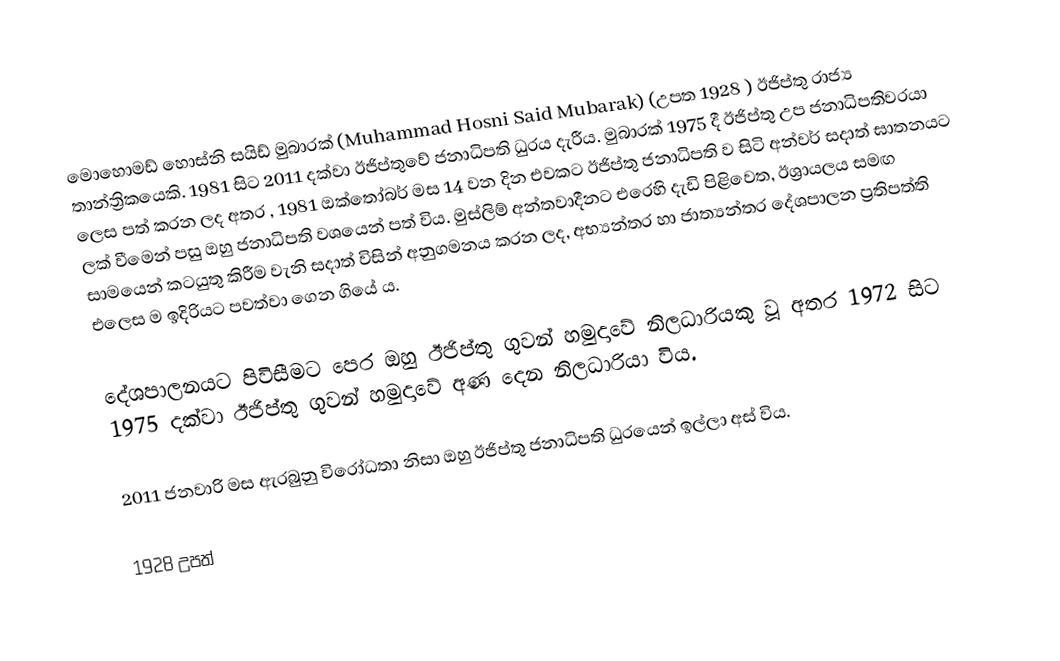
මොහොමඩ් හොස්නි සයිඩ් මුබාරක් (Muhammad Hosni Said Mubarak) (උපත​ 1928 ) ඊජිප්තු රාජ්‍ය තාන්ත්‍රිකයෙකි. 1981 සිට 2011 දක්වා ඊජිප්තුවේ ජනාධිපති ධුරය දැරීය​. මුබාරක් 1975 දී ඊජිප්තු උප ජනාධිපතිවරයා ලෙස පත් කරන ලද අතර , 1981 ඔක්තෝබර් මස 14 වන දින එවකට ඊජිප්තු ජනාධිපති ව සිටි අන්වර් සදාත් ඝාතනයට ලක් වීමෙන් පසු ඔහු ජනාධිපති වශයෙන් පත් විය​. මුස්ලිම් අන්තවාදීනට එරෙහි දැඩි පිළිවෙත​, ඊශ්‍රායලය සමඟ සාමයෙන් කටයුතු කිරීම වැනි සදාත් විසින් අනුගමනය කරන ලද, අභ්‍යන්තර හා ජාත්‍යන්තර දේශපාලන ප්‍රතිපත්ති එලෙස ම ඉදිරියට පවත්වා ගෙන ගියේ ය​.

දේශපාලනයට පිවිසීමට පෙර ඔහු ඊජිප්තු ගුවන් හමුදාවේ නිලධාරියකු වූ අතර 1972 සිට 1975 දක්වා ඊජිප්තු ගුවන් හමුදාවේ අණ දෙන නිලධාරියා විය.

2011 ජනවාරි මස ඇරබුනු විරෝධතා නිසා ඔහු ඊජිප්තු ජනාධිපති ධුරයෙන් ඉල්ලා අස් විය.

1928 උපත්